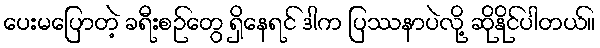
ပေးမပြောတဲ့ ခရီးစဉ်တွေ ရှိနေရင် ဒါက ပြဿနာပဲလို့ ဆိုနိုင်ပါတယ်။